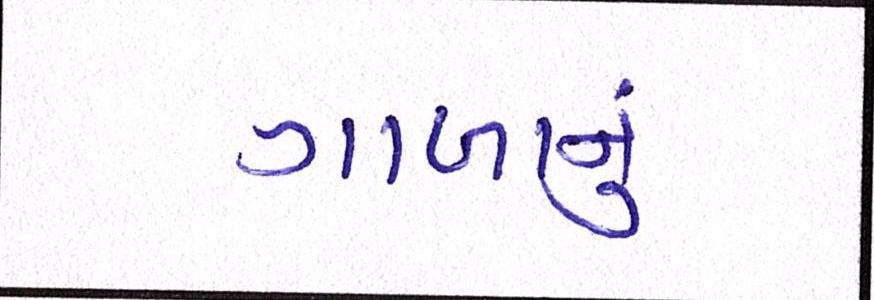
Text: ગાળાનું